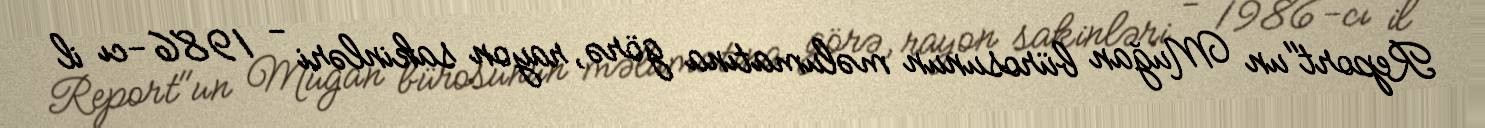
Report"un Muğan bürosunun məlumatına görə, rayon sakinləri - 1986-cı il